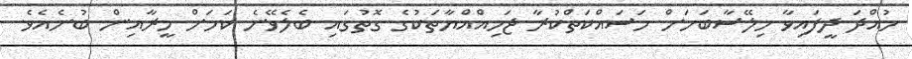
ހުއްދަ ދީފައިވާ ހިލޭސާބަހަށް މަސައްކަތްކުރާ ޖަމިއްއްޔާތަކުގެ ގޮތުގައި ބެލެވޭނެ ކަމަށް މީރާއިން ބުނެއެވެ.